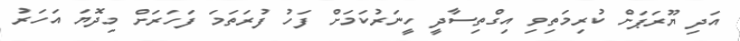
އަދި ޔޫރަޕަށް ކުރިމަތިިވި އިގްތިސާދީ ހީނަރުކަމަށް ފަހު ފުރަތަމަ ފަހަރަށް މިދޮޔަ އަހަރު